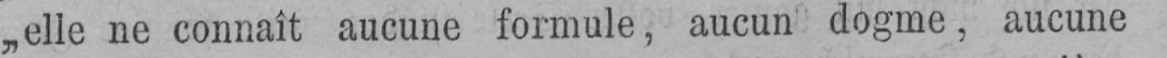
„elle ne connaît aucune formule, aucun dogme, aucune